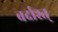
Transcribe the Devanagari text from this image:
बर्दाश्त्